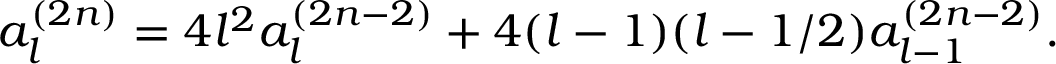
a _ { l } ^ { ( 2 n ) } = 4 l ^ { 2 } a _ { l } ^ { ( 2 n - 2 ) } + 4 ( l - 1 ) ( l - 1 / 2 ) a _ { l - 1 } ^ { ( 2 n - 2 ) } .